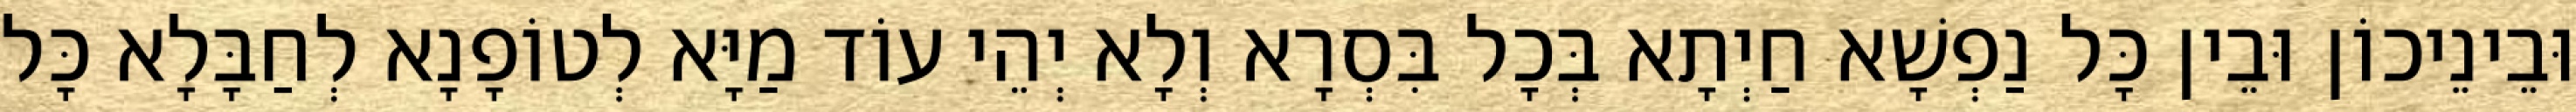
וּבֵינֵיכוֹן וּבֵין כָּל נַפְשָׁא חַיְתָא בְּכָל בִּסְרָא וְלָא יְהֵי עוֹד מַיָּא לְטוֹפָנָא לְחַבָּלָא כָּל